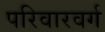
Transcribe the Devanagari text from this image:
परिवारवर्ग